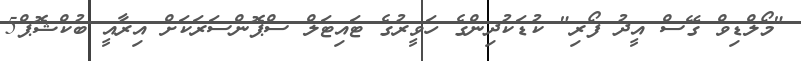
"މޯލްޑިވް ގޭސް އީދު ފޯރި" ކުޑަކުދިންގެ ހަވީރުގެ ޓައިޓަލް ސްޕޮންސަރަކަށް އިރާއީ ބުކްޝޮޕް5